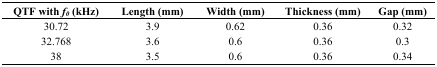
| QTF with f0 (kHz) | Length (mm) | Width (mm) | Thickness (mm) | Gap (mm) |
 | --- | --- | --- | --- | --- |
 | 30.72 | 3.9 | 0.62 | 0.36 | 0.32 |
 | 32.768 | 3.6 | 0.6 | 0.36 | 0.3 |
 | 38 | 3.5 | 0.6 | 0.36 | 0.34 |